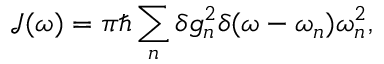
{ \mathcal J } ( \omega ) = \pi \hbar \sum _ { n } \delta g _ { n } ^ { 2 } \delta ( \omega - \omega _ { n } ) \omega _ { n } ^ { 2 } ,